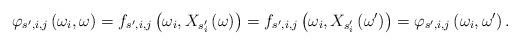
LaTeX: \begin{align*}\varphi_{s^{\prime},i,j}\left(\omega_{i},\omega\right)=f_{s^{\prime},i,j}\left(\omega_{i},X_{s_{i}^{\prime}}\left(\omega\right)\right)=f_{s^{\prime},i,j}\left(\omega_{i},X_{s_{i}^{\prime}}\left(\omega^{\prime}\right)\right)=\varphi_{s^{\prime},i,j}\left(\omega_{i},\omega^{\prime}\right).\end{align*}